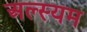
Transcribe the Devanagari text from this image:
अल्स्यम